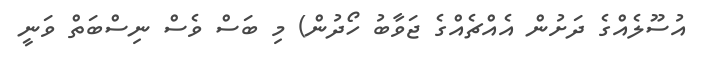
އުސޫލެއްގެ ދަށުން އެއްޗެއްގެ ޖަވާބު ހޯދުން) މި ބަސް ވެސް ނިސްބަތް ވަނީ